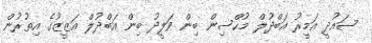
ސައުދީ އަމީރު އަބްދުލް މުހްސިން ބިން ވަލީދު ބިން އަބްދުލް އަޒީޒުގެ އިތުރުން